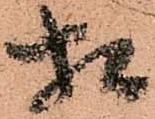
相